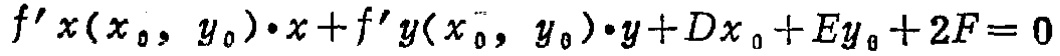
\(f'x(x_0,y_0)\cdot x + f'y(x_0,y_0)\cdot y + Dx_0 + Ey_0 + 2F = 0\)